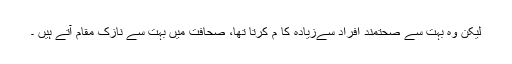
لیکن وہ بہت سے صحتمند افراد سےزیادہ کا م کرتا تھا، صحافت میں بہت سے نازک مقام آتے ہیں ۔